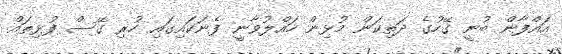
އައްފާން ބުނީ ގޭހުގެ ދަތިކަން މުޅިން ހައްލުވާނީ ފެނަކައިގައި ހުރި ގޭސް ފުޅިތައް